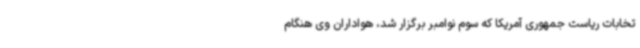
تخابات ریاست جمهوری آمریکا که سوم نوامبر برگزار شد، هواداران وی هنگام